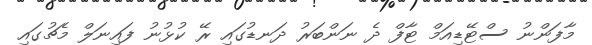
މާފަންނު ސްޓޭޑިއަމް ޓާފް ދެ ނަންބަރު ދަނޑުގައި ރޭ ކުޅުނު ފައިނަލް މެޗުގައި